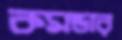
কমন্ডার